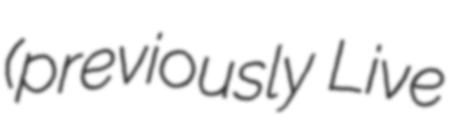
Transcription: (previously Live